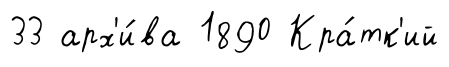
33 арх'и́ва 1890 Кра́тк'ий